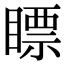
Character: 瞟